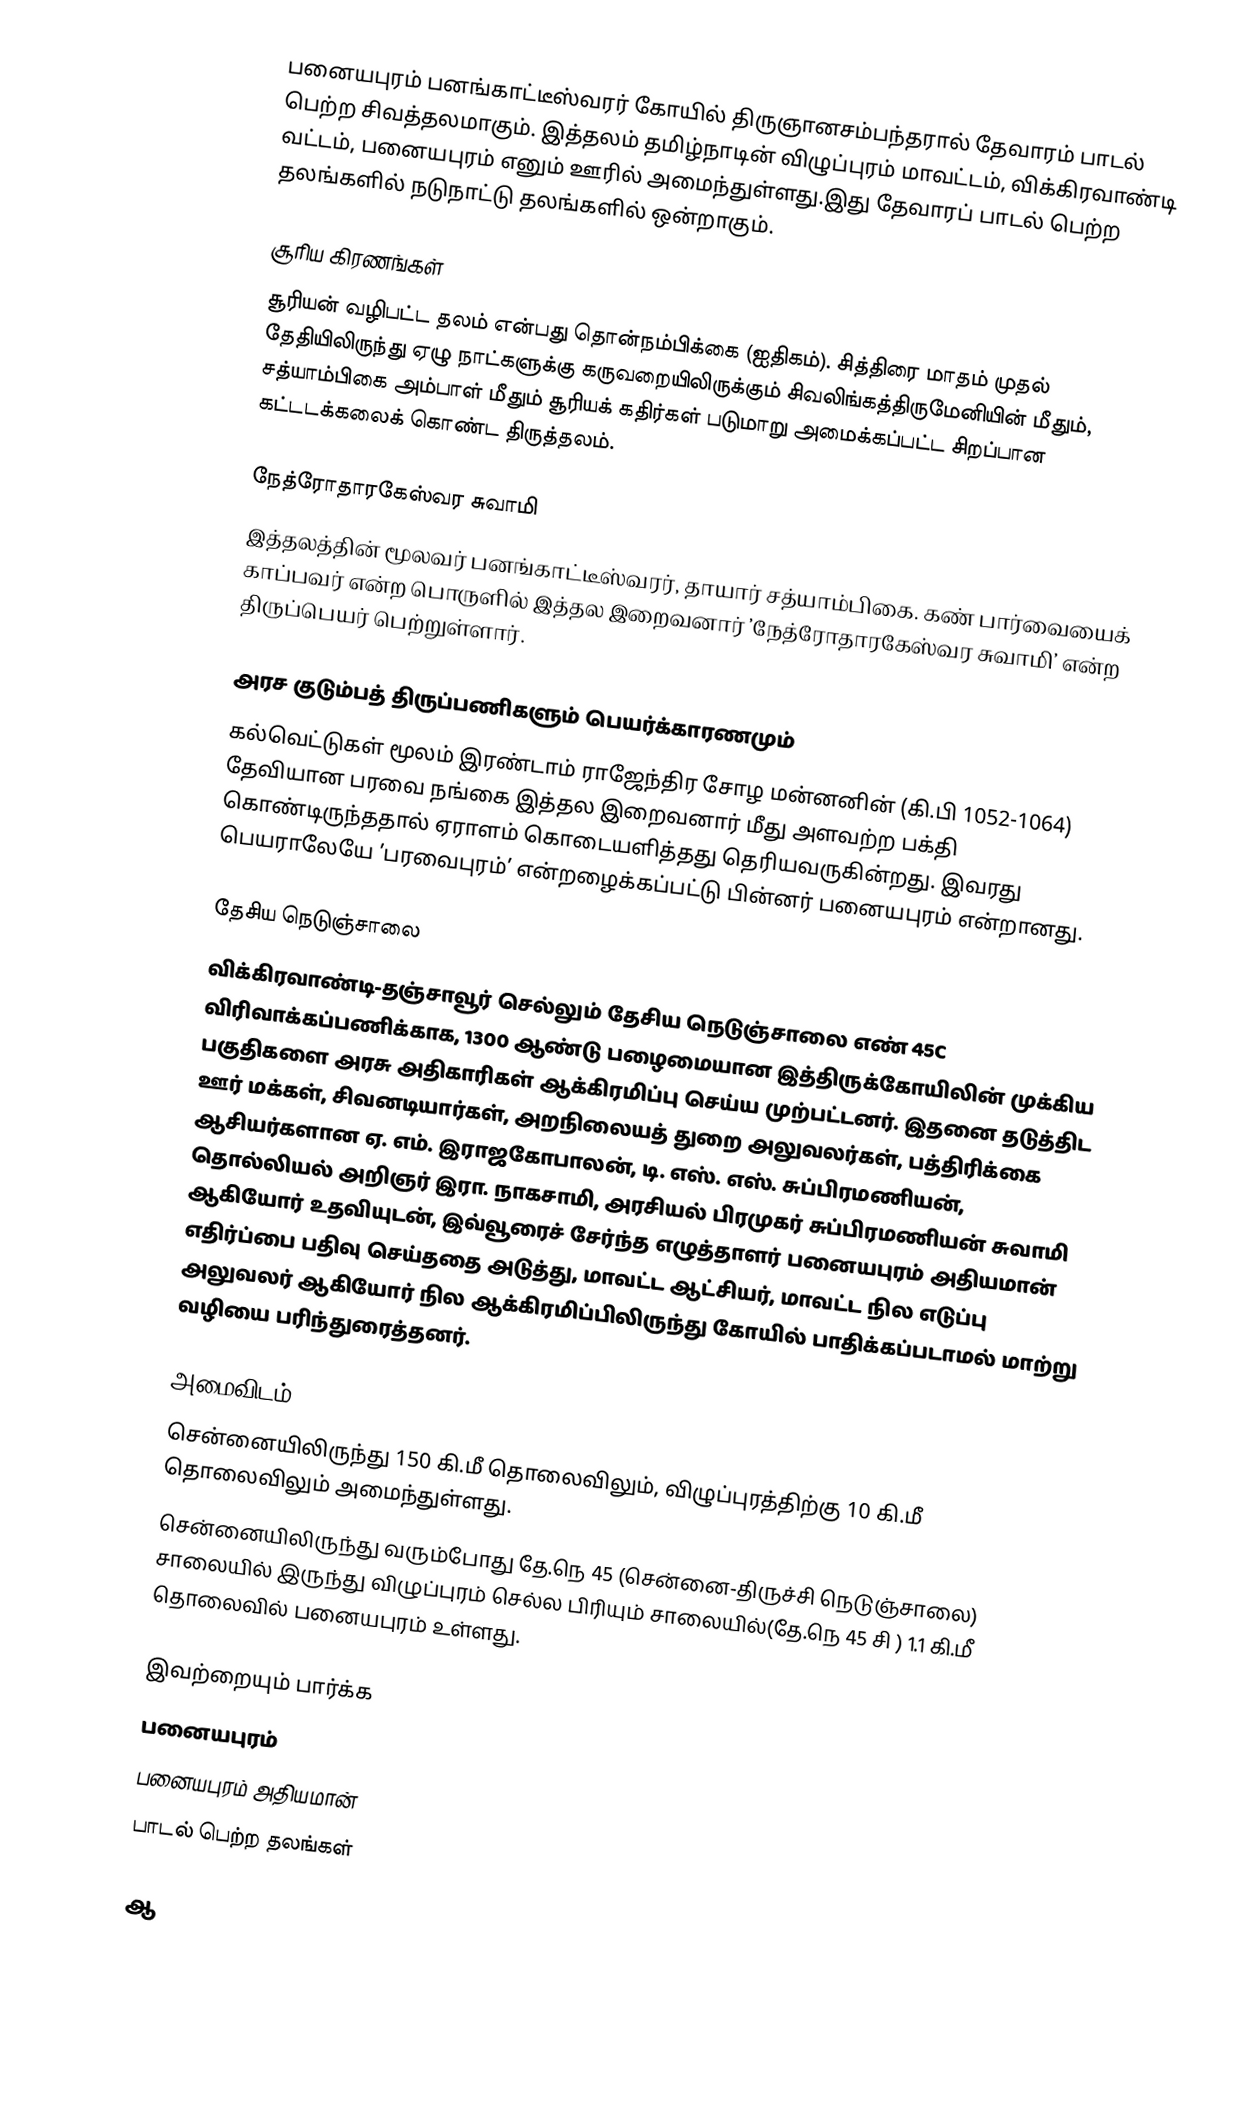
பனையபுரம் பனங்காட்டீஸ்வரர் கோயில் திருஞானசம்பந்தரால் தேவாரம் பாடல் பெற்ற சிவத்தலமாகும். இத்தலம் தமிழ்நாடின் விழுப்புரம் மாவட்டம், விக்கிரவாண்டி வட்டம், பனையபுரம் எனும் ஊரில் அமைந்துள்ளது.இது தேவாரப் பாடல் பெற்ற தலங்களில் நடுநாட்டு தலங்களில் ஒன்றாகும்.

சூரிய கிரணங்கள்
சூரியன் வழிபட்ட தலம் என்பது தொன்நம்பிக்கை (ஐதிகம்). சித்திரை மாதம் முதல் தேதியிலிருந்து ஏழு நாட்களுக்கு கருவறையிலிருக்கும் சிவலிங்கத்திருமேனியின் மீதும், சத்யாம்பிகை அம்பாள் மீதும் சூரியக் கதிர்கள் படுமாறு அமைக்கப்பட்ட சிறப்பான கட்டடக்கலைக் கொண்ட திருத்தலம்.

நேத்ரோதாரகேஸ்வர சுவாமி
இத்தலத்தின் மூலவர் பனங்காட்டீஸ்வரர், தாயார் சத்யாம்பிகை. கண் பார்வையைக் காப்பவர் என்ற பொருளில் இத்தல இறைவனார் ’நேத்ரோதாரகேஸ்வர சுவாமி’ என்ற திருப்பெயர் பெற்றுள்ளார்.

அரச குடும்பத் திருப்பணிகளும் பெயர்க்காரணமும்
கல்வெட்டுகள் மூலம் இரண்டாம் ராஜேந்திர சோழ மன்னனின் (கி.பி 1052-1064) தேவியான பரவை நங்கை இத்தல இறைவனார் மீது அளவற்ற பக்தி கொண்டிருந்ததால் ஏராளம் கொடையளித்தது தெரியவருகின்றது. இவரது பெயராலேயே ’பரவைபுரம்’ என்றழைக்கப்பட்டு பின்னர் பனையபுரம் என்றானது.

தேசிய நெடுஞ்சாலை
விக்கிரவாண்டி-தஞ்சாவூர் செல்லும்  தேசிய நெடுஞ்சாலை எண் 45C  விரிவாக்கப்பணிக்காக, 1300 ஆண்டு பழைமையான இத்திருக்கோயிலின் முக்கிய பகுதிகளை அரசு அதிகாரிகள் ஆக்கிரமிப்பு செய்ய முற்பட்டனர். இதனை தடுத்திட ஊர் மக்கள், சிவனடியார்கள், அறநிலையத் துறை அலுவலர்கள், பத்திரிக்கை ஆசியர்களான ஏ. எம். இராஜகோபாலன், டி. எஸ். எஸ்.  சுப்பிரமணியன், தொல்லியல் அறிஞர் இரா. நாகசாமி, அரசியல் பிரமுகர் சுப்பிரமணியன் சுவாமி ஆகியோர் உதவியுடன், இவ்வூரைச் சேர்ந்த எழுத்தாளர் பனையபுரம் அதியமான் எதிர்ப்பை பதிவு செய்ததை அடுத்து,  மாவட்ட ஆட்சியர், மாவட்ட நில எடுப்பு அலுவலர் ஆகியோர் நில ஆக்கிரமிப்பிலிருந்து கோயில் பாதிக்கப்படாமல் மாற்று வழியை பரிந்துரைத்தனர்.

அமைவிடம்
சென்னையிலிருந்து 150 கி.மீ தொலைவிலும், விழுப்புரத்திற்கு 10 கி.மீ தொலைவிலும் அமைந்துள்ளது.
சென்னையிலிருந்து வரும்போது தே.நெ 45 (சென்னை-திருச்சி நெடுஞ்சாலை) சாலையில் இருந்து  விழுப்புரம் செல்ல பிரியும் சாலையில்(தே.நெ 45 சி ) 1.1 கி.மீ தொலைவில் பனையபுரம் உள்ளது.

இவற்றையும் பார்க்க
 பனையபுரம்
 பனையபுரம் அதியமான்
 பாடல் பெற்ற தலங்கள்

ஆ